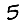
Digit: 5